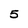
Character: 5